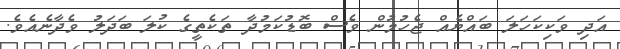
އަދި ވަކިކަހަލަ ބައްޔެއް ޖެހުމުން ވެސް ބޮޑުކަމުދާ ތަކެތީގެ ކުލަ ބަދަލު ވެދާނެއެވެ.